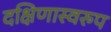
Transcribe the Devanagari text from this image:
दक्षिणास्वरुप